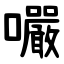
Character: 㘙